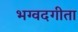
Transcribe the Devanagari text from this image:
भग्वदगीता